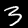
Label: 3